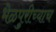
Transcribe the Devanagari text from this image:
भेळपुरीच्याच